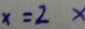
x = 2 x